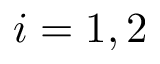
i = 1 , 2